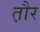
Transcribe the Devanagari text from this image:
त़ौर